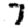
Digit: 7